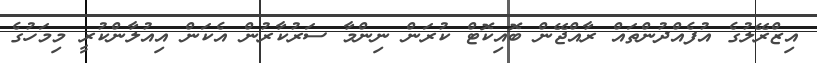
އިޒްރޭލުގެ އުފެއްދުންތައް ރާއްޖޭން ބޮއިކޮޓް ކުރަން ނިންމާ ސަރުކާރުން އެކަން އިއުލާންކުރީ މިމަހުގެ